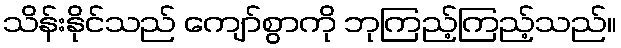
သိန်းနိုင်သည် ကျော်စွာကို ဘုကြည့်ကြည့်သည်။